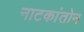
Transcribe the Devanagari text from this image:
नाटकांतोन